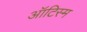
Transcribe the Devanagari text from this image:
ऑटिस्म